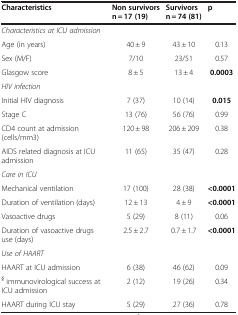
| Characteristics | Non survivors n = 17 (19) | Survivors n = 74 (81) | p |
 | --- | --- | --- | --- |
 | Characteristics at ICU admission |  |  |  |
 | Age (in years) | 40 ± 9 | 43 ± 10 | 0.13 |
 | Sex (M/F) | 7/10 | 23/51 | 0.57 |
 | Glasgow score | 8 ± 5 | 13 ± 4 | 0.0003 |
 | HIV infection |  |  |  |
 | Initial HIV diagnosis | 7 (37) | 10 (14) | 0.015 |
 | Stage C | 13 (76) | 56 (76) | 0.99 |
 | CD4 count at admission (cells/mm3) | 120 ± 98 | 206 ± 209 | 0.38 |
 | AIDS related diagnosis at ICU admission | 11 (65) | 35 (47) | 0.28 |
 | Care in ICU |  |  |  |
 | Mechanical ventilation | 17 (100) | 28 (38) | <0.0001 |
 | Duration of ventilation (days) | 12 ± 13 | 4 ± 9 | <0.0001 |
 | Vasoactive drugs | 5 (29) | 8 (11) | 0.06 |
 | Duration of vasoactive drugs use (days) | 2.5 ± 2.7 | 0.7 ± 1.7 | <0.0001 |
 | Use of HAART |  |  |  |
 | HAART at ICU admission | 6 (38) | 46 (62) | 0.09 |
 | § immunovirological success at ICU admission | 2 (12) | 19 (26) | 0.34 |
 | HAART during ICU stay | 5 (29) | 27 (36) | 0.78 |